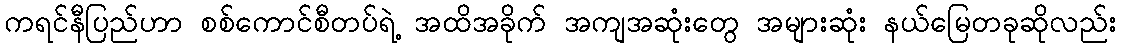
ကရင်နီပြည်ဟာ စစ်ကောင်စီတပ်ရဲ့ အထိအခိုက် အကျအဆုံးတွေ အများဆုံး နယ်မြေတခုဆိုလည်း